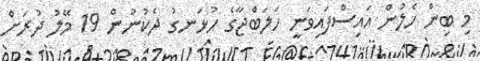
މި ބިން ހެލުން އައިސްފައިވަނީ ހަލަބްޖާގެ ހުޅަނގު ދެކުނުން 19 މޭލު ދުރަށް